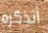
أتذكره